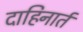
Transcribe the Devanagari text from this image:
दाहिनार्त